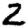
Digit: 2